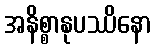
အနိစ္စာနုပဿိနော